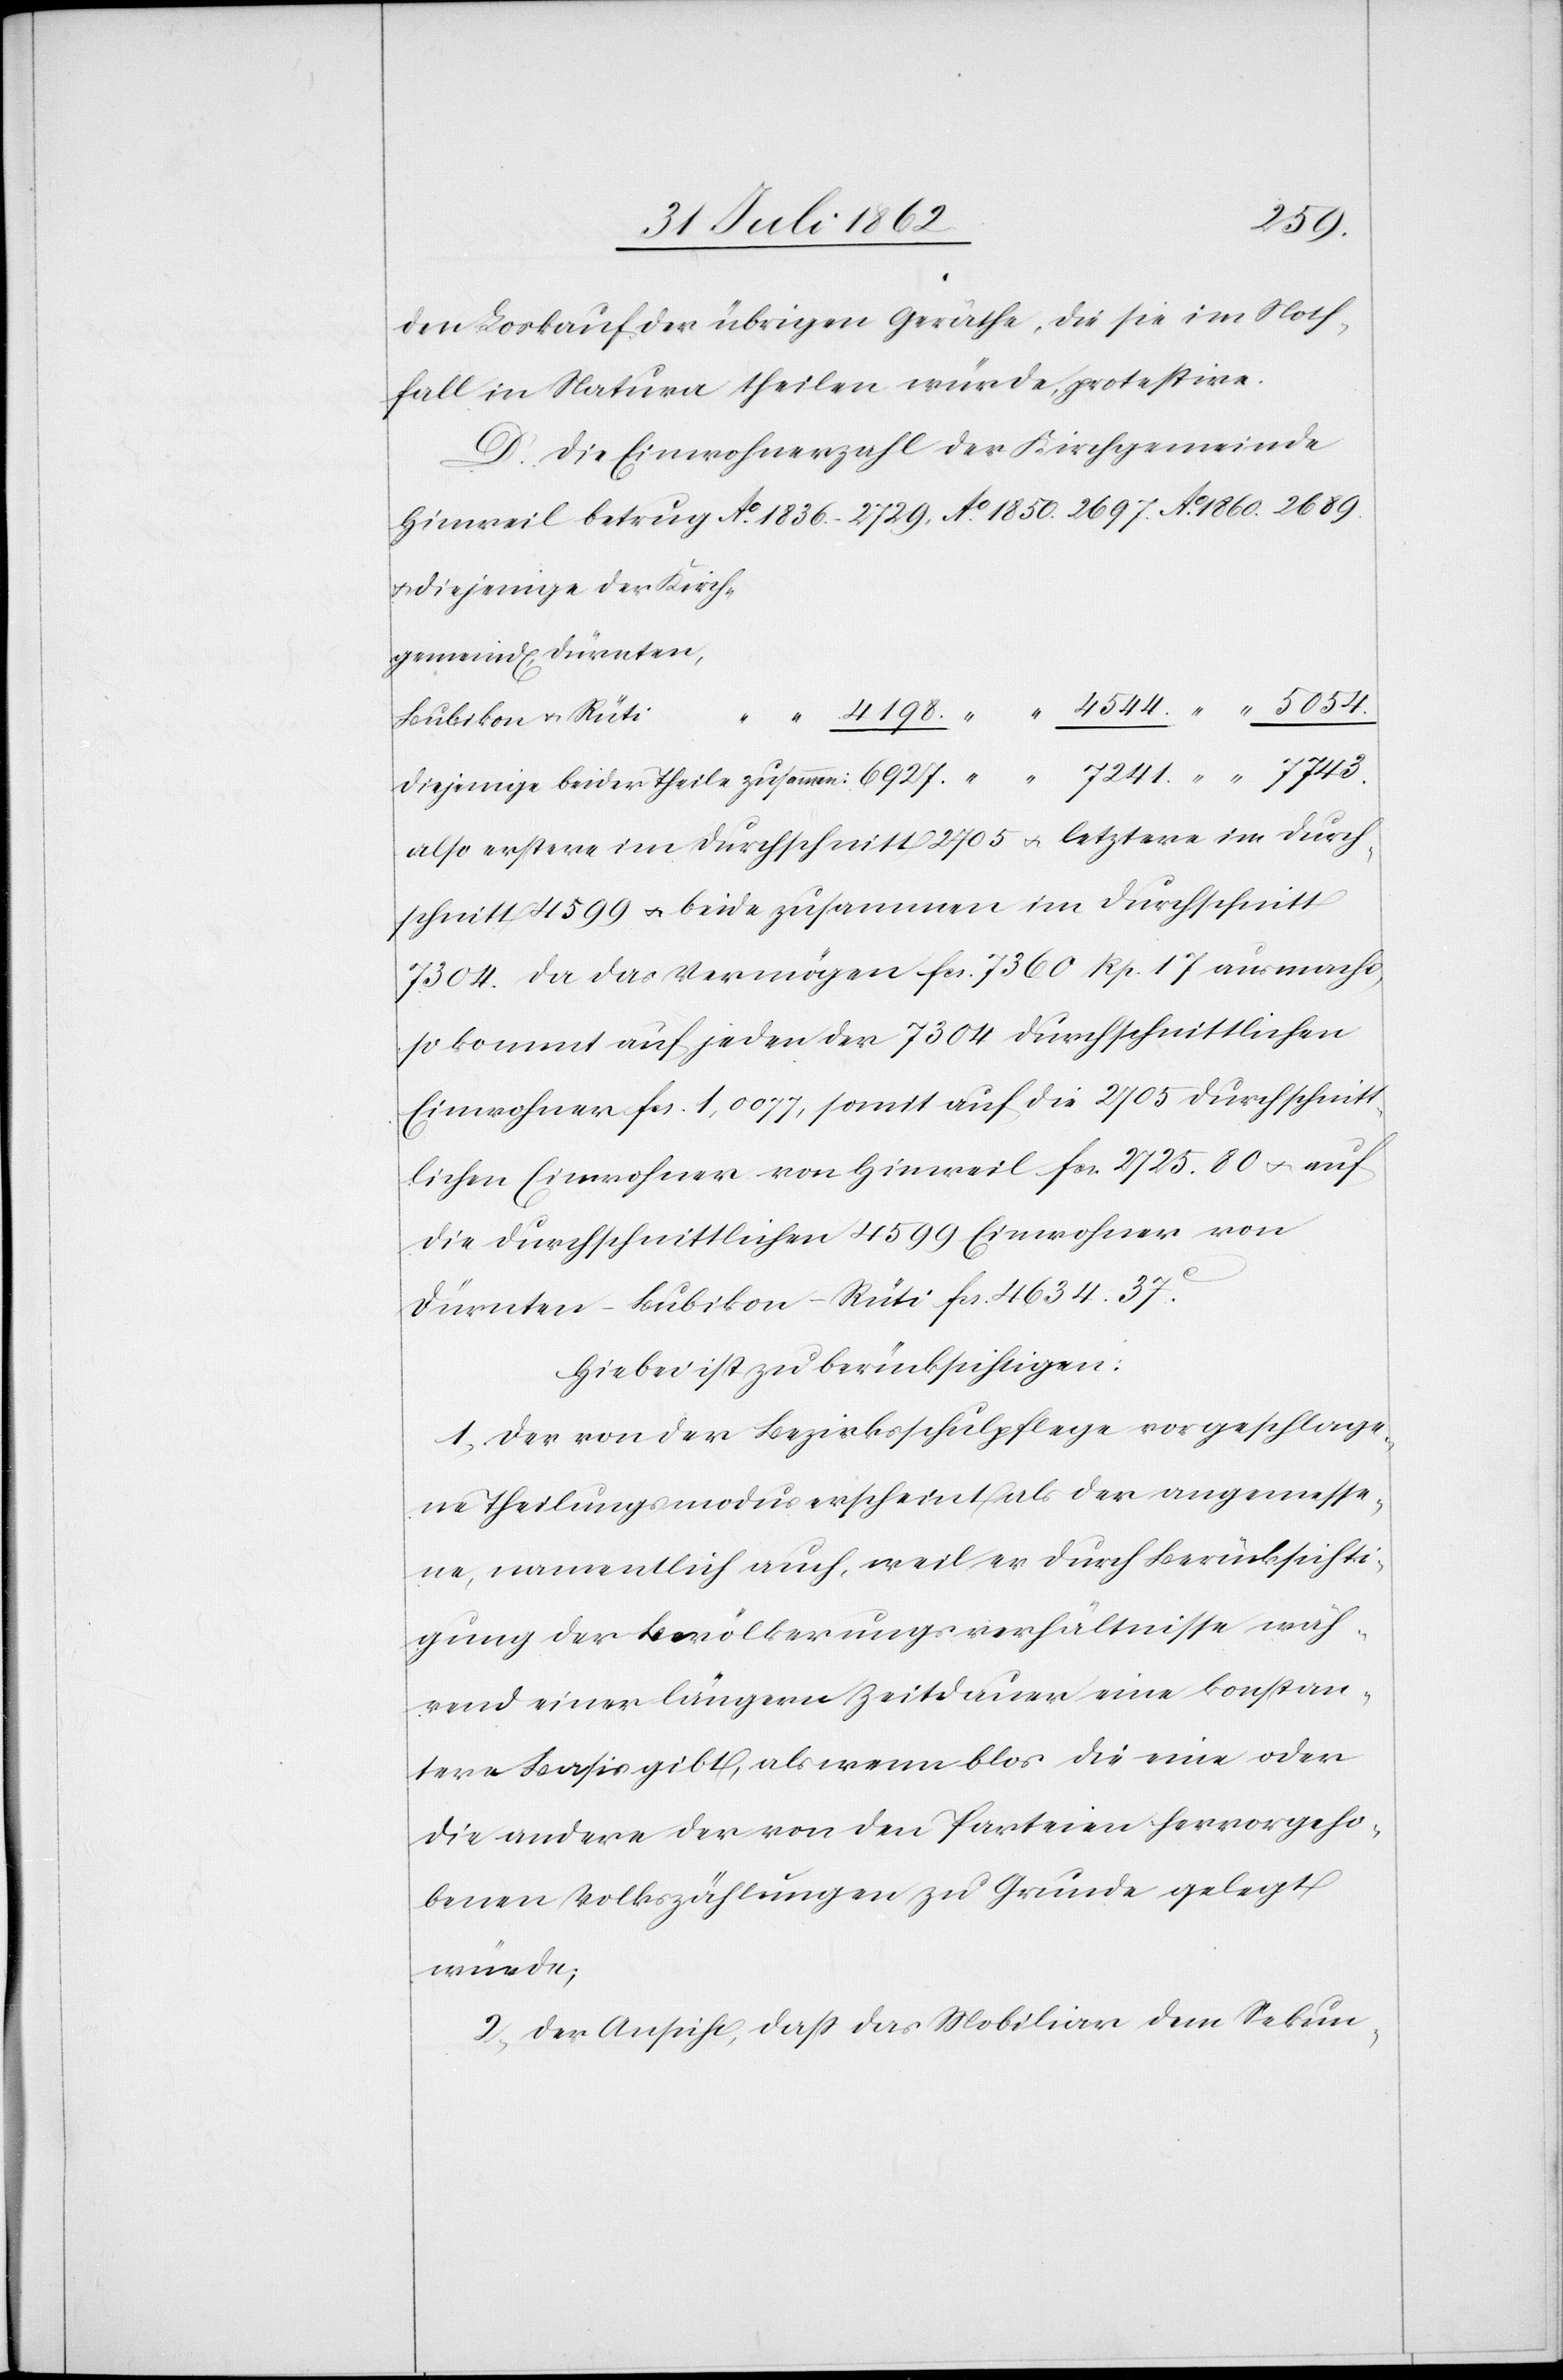
4544
Den Loskauf der übrigen Geräthe, die sie im Noth¬
fall in Natura theilen würde, protestire.
D. Die Einwohnerzahl der Kirchgemeinde
u. diejenigen der Kirch¬
gemeind[en] Dürnten,
Bubikon u. Rüti
Diejenigen beider Theile zusammen:
also erstere im Durchschnitt 2705 u. letztere im Durch¬
schnitt 4599 u. beide zusammen im Durchschnitt
7304. Da das Vermögen fcs. 7360 Rp. 17 ausmacht,
so kommt auf jeden der 7304 durchschnittlichen
Einwohner fcs. 1,0077, somit auf die 2705 durchschnitt¬
lichen Einwohner von Hinweil fcs. 2725. 80 u. auf
die durchschnittlichen 4599 Einwohner von
Dürnten-Bubikon-Rüti fcs. 4634. 37c.
Hiebei ist zu berücksichtigen:
1. Der von der Bezirksschulpflege vorgeschlage¬
ne Theilungsmodus erscheint als der angemesse¬
ne, namentlich auch, weil er durch Berücksichti¬
gung der Bevölkerungsverhältnisse wäh¬
rend einer längern Zeitdauer eine konstan¬
tere Basis gibt, als wenn blos die eine oder
die andere der von den Parteien hervorgeho¬
benen Volkszählungen zu Grunde gelegt
würde;
2. Der Ansicht, daß das Mobiliar dem Sekun-